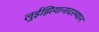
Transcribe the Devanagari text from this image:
लुईझियानादरम्यान